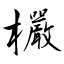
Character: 欕